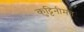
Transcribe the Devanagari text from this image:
कुट्टिनीमत